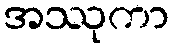
အဿုကာ